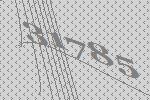
31785